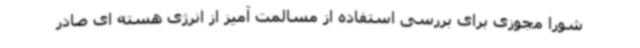
شورا مجوزی برای بررسی استفاده از مسالمت آمیز از انرژی هسته ای صادر